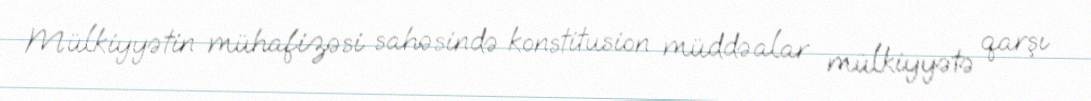
Mülkiyyətin mühafizəsi sahəsində konstitusion müddəalar mülkiyyətə qarşı